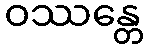
ဝဿန္တေ